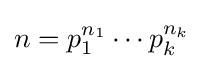
n=p_{1}^{n_{1}}\cdots p_{k}^{n_{k}}